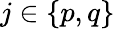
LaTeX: j\in\{ p,q\}